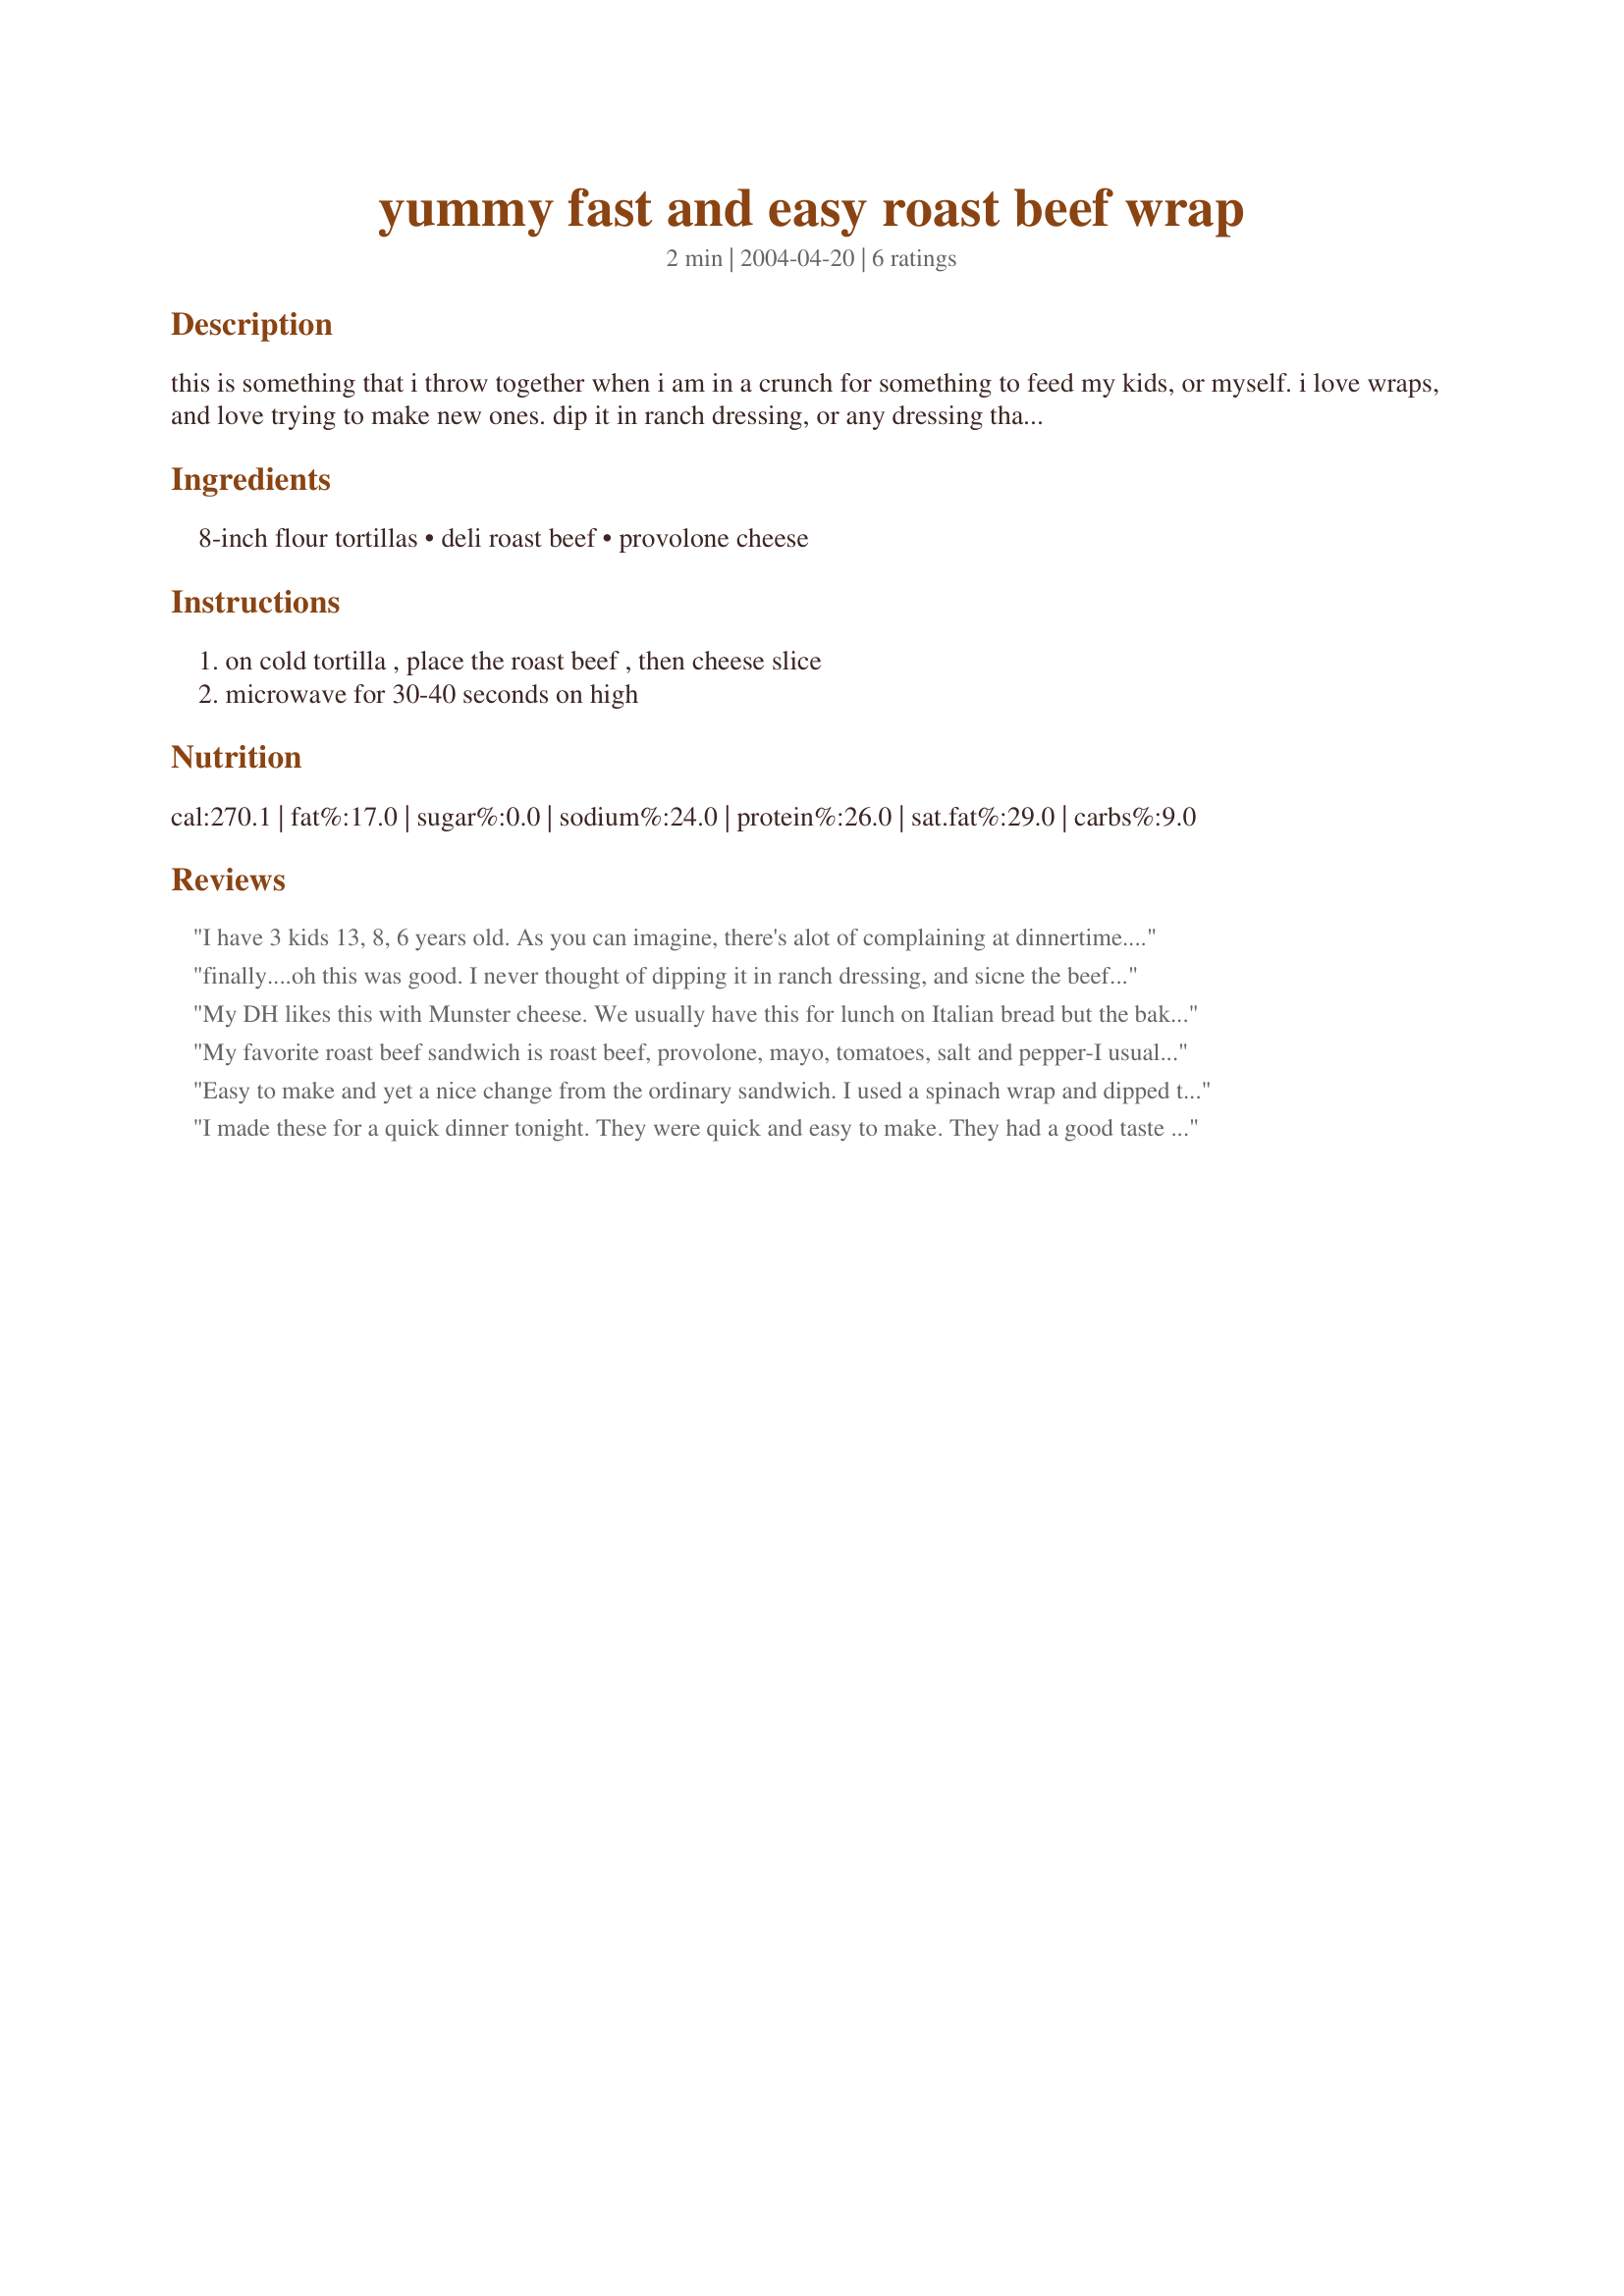
yummy fast and easy roast beef wrap
Preparation time: 2 minutes

this is something that i throw together when i am in a crunch for something to feed my kids, or myself. i love wraps, and love trying to make new ones. dip it in ranch dressing, or any dressing that you like. cut them up for appetizers, or use for a snack or light dinner. yummy yummy!

Ingredients:
8-inch flour tortillas, deli roast beef, provolone cheese

Steps:
on cold tortilla , place the roast beef , then cheese slice, microwave for 30-40 seconds on high

Reviews:
I have 3 kids 13, 8, 6 years old. As you can imagine, there's alot of complaining at dinnertime. One night I started to cook dinner only to find that the meat I was planning on using spoiled and I was an hour late starting! Pulled up Recipezaar and found this recipe. Have been serving it weekly since with NO COMPLAINING! Yeah, they loved it!
finally....oh this was good. I never thought of dipping it in ranch dressing, and sicne the beef was still warm (the general store had been out every day i went to get rare deli beef - this morning i burst into tears and they promised by 3 pm so i went back), i just drizzled some ranch over the warm beef and cheese. Terrific
My DH likes this with Munster cheese. We usually have this for lunch on Italian bread but the bakery had sold out and I rememberd I had seen this. I like it with mustard and DH likes with horseraddish sauce (Bookbinders brand is a good one).
My favorite roast beef sandwich is roast beef, provolone, mayo, tomatoes, salt and pepper-I usually have it on a roll and my kids love it too but for some reason, I never thought of a wrap! Thanks!
Easy to make and yet a nice change from the ordinary sandwich. I used a spinach wrap and dipped them in Ranch Dressing. Very good! Thanks!
I made these for a quick dinner tonight. They were quick and easy to make. They had a good taste to them also. Will make again.
